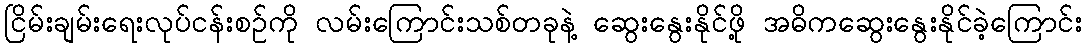
ငြိမ်းချမ်းရေးလုပ်ငန်းစဉ်ကို လမ်းကြောင်းသစ်တခုနဲ့ ဆွေးနွေးနိုင်ဖို့ အဓိကဆွေးနွေးနိုင်ခဲ့ကြောင်း